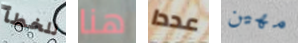
للخطأ هنا عددا مهين